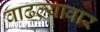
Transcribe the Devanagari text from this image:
वाढल्यावार